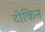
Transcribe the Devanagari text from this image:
टोकिन